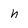
Character: h